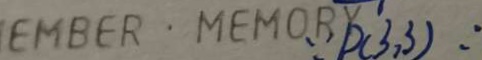
\because D ( 3 , 3 )